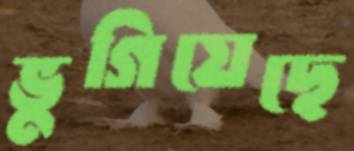
ভুগিয়েছে